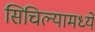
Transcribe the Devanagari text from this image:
सिचिल्यामध्ये